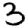
Digit: 3